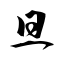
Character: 旦